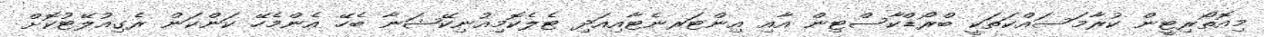
މިއޮތޯރިޓީން ކުރާމަސައްކަތަކީ ބްރޯޑްކާސްޓިން އާއި އިންޓަރނެޓާއިއަދި ޓެލެކޮމިއުނިކޭޝަނާ ބެހޭ އެންމެހޭ ކަންކަން ރެގިއުލޭޓުކޮށް